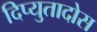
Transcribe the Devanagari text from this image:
दिप्युतादोस